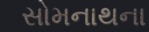
સોમનાથના